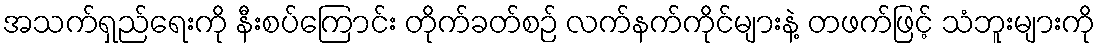
အသက်ရှည်ရေးကို နီးစပ်ကြောင်း တိုက်ခတ်စဉ် လက်နက်ကိုင်များနဲ့ တဖက်ဖြင့် သံဘူးများကို